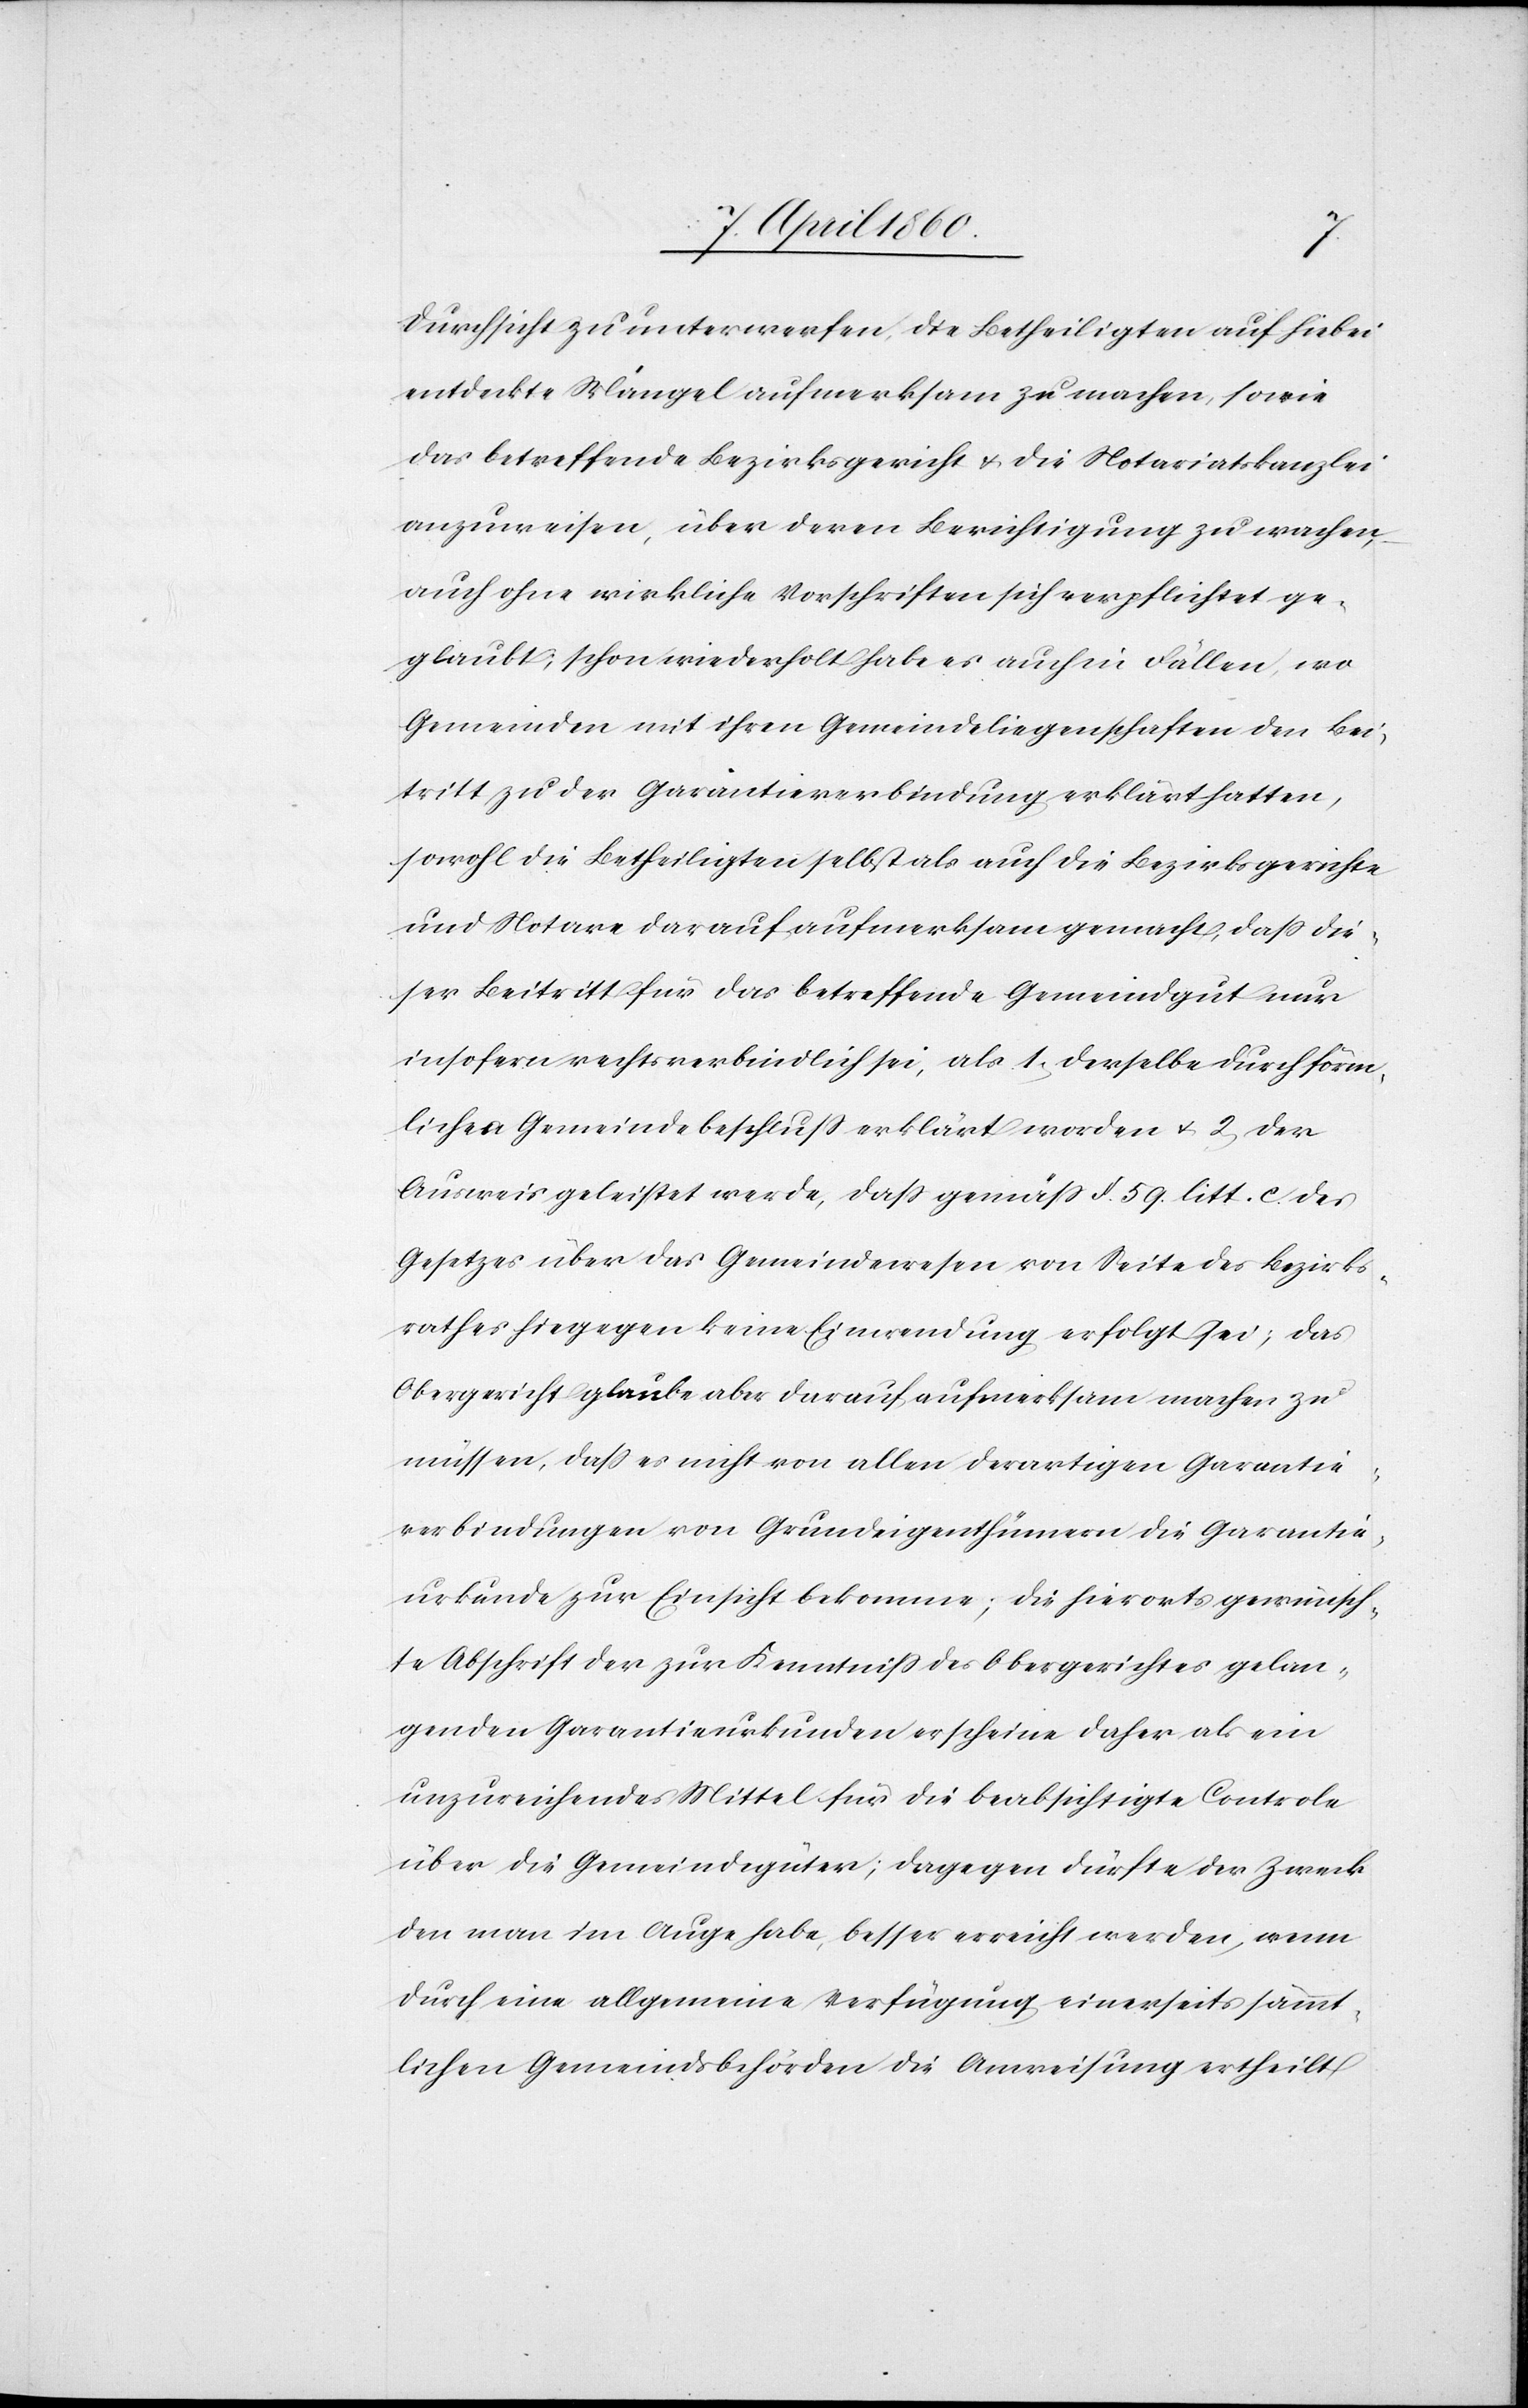
Durchsicht zu unterwerfen, die Betheiligten auf hiebei
entdeckte Mängel aufmerksam zu machen, sowie
das betreffende Bezirksgericht u. die Notariatskanzlei
anzuweisen, über deren Berichtigung zu wachen,
auch ohne wirkliche Vorschriften sich verpflichtet ge¬
glaubt; schon wiederholt habe es auch in Fällen, wo
Gemeinden mit ihren Gemeindeliegenschaften den Bei¬
tritt zu der Garantieverbindung erklärt hatten,
sowohl die Betheiligten selbst als auch die Bezirksgerichte
und Notare darauf aufmerksam gemacht, dass die¬
ser Beitritt für das betreffende Gemeindgut nur
insofern rechtsverbindlich sei, als 1. derselbe durch förm¬
lichen Gemeindebeschluss erklärt worden u. 2. der
Ausweis geleistet werde, dass gemäss §. 59. litt. c. des
Gesetzes über das Gemeindewesen von Seite des Bezirks¬
rathes hiegegen keine Einwendung erfolgt sei, das
Obergericht glaube aber darauf aufmerksam zu machen zu
müssen, dass es nicht von allen derartigen Garantie¬
verbindungen von Grundeigenthümern die Garantie¬
urkunde zur Einsicht bekomme; die hierorts gewünsch¬
te Abschrift der zur Kenntniss des Obergerichtes gelan¬
genden Garantieurkunden erscheine daher als ein
unzureichendes Mittel für die beabsichtigte Controle
über die Gemeindegüter; dagegen dürfte der Zweck
den man im Auge habe, besser erreicht werden, wenn
durch eine allgemeine Verfügung einerseits sämmt¬
lichen Gemeindsbehörden die Anweisung ertheilt